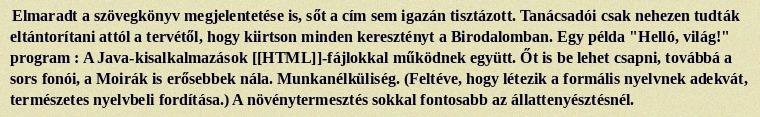
Elmaradt a szövegkönyv megjelentetése is, sőt a cím sem igazán tisztázott. Tanácsadói csak nehezen tudták eltántorítani attól a tervétől, hogy kiirtson minden keresztényt a Birodalomban. Egy példa "Helló, világ!" program : A Java-kisalkalmazások [[HTML]]-fájlokkal működnek együtt. Őt is be lehet csapni, továbbá a sors fonói, a Moirák is erősebbek nála. Munkanélküliség. (Feltéve, hogy létezik a formális nyelvnek adekvát, természetes nyelvbeli fordítása.) A növénytermesztés sokkal fontosabb az állattenyésztésnél.